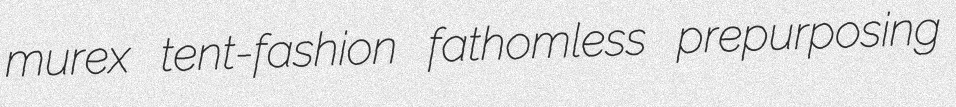
murex tent-fashion fathomless prepurposing